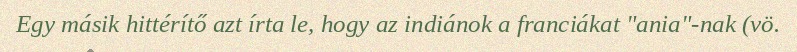
Egy másik hittérítő azt írta le, hogy az indiánok a franciákat "ania"-nak (vö.